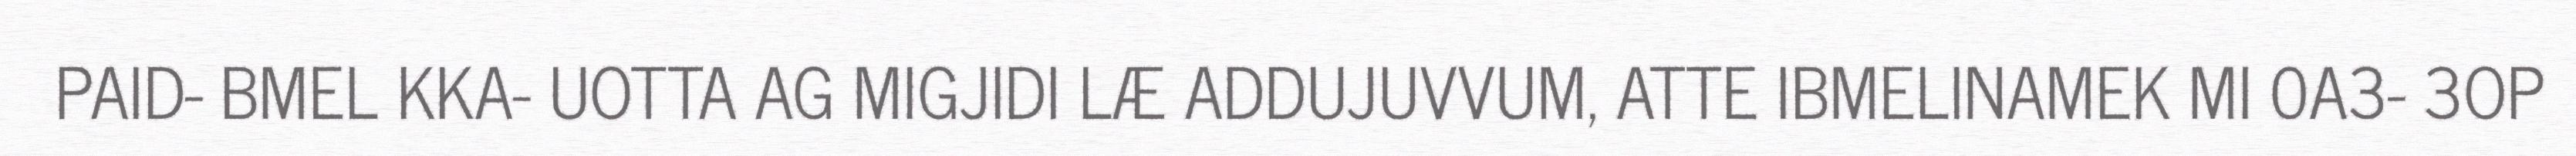
PAID- BMEL KKA- UOTTA AG MIGJIDI LÆ ADDUJUVVUM, ATTE IBMELINAMEK MI 0A3- 3OP